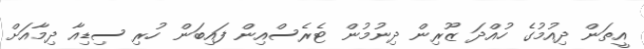
އީތަން ދިއުމުގެ ހުއްދަ ޒޫރިން ދިނުމުން ޓެރެސްއިން ފައިބަން ހުރި ސިޑިއާ ދިމާއަށް